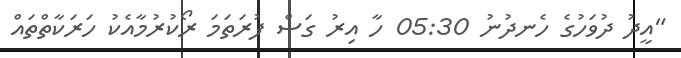
"އީދު ދުވަހުގެ ހެނދުނު 05:30 ހާ އިރު ގަސް ފުރަތަމަ ރޯކުރުމާއެކު ހަރަކާތްތައް